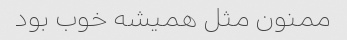
ممنون مثل همیشه خوب بود